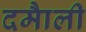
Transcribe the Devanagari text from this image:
दमाैली